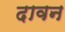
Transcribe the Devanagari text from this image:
दावन